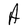
Character: A